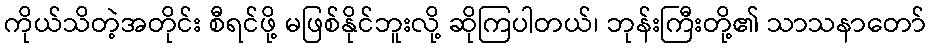
ကိုယ်သိတဲ့အတိုင်း စီရင်ဖို့ မဖြစ်နိုင်ဘူးလို့ ဆိုကြပါတယ်၊ ဘုန်းကြီးတို့၏ သာသနာတော်